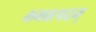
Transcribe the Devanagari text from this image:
भगवत्पदम्